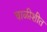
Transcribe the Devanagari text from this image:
चाळीशीत